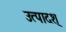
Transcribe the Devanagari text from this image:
उत्पादश्